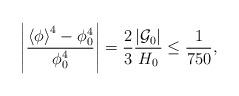
LaTeX: \begin{align*}\left|\frac{\left<\phi\right>^4-\phi_0^4}{\phi_0^4} \right| = {2\over 3}{\left|{\cal G}_0\right| \over H_0} \leq {1\over 750},\end{align*}